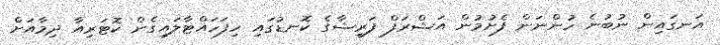
އަނގައިން ނުބުނެ ހުންނަން ފެށުމުން އަޝްރަފް ފަރީޝާގެ ކޮނޑުގައި ހިފަހައްޓާލައިގެން ކޮޓަރިއާ ދިމާއަށް